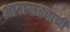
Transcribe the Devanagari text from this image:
आराखड्याची